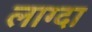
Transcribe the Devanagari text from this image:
लाग्दा